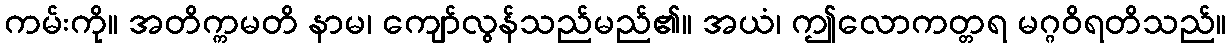
ကမ်းကို။ အတိက္ကမတိ နာမ၊ ကျော်လွန်သည်မည်၏။ အယံ၊ ဤလောကတ္တရ မဂ္ဂဝိရတိသည်။